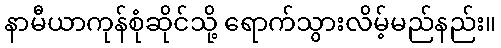
နာမီယာကုန်စုံဆိုင်သို့ ရောက်သွားလိမ့်မည်နည်း။